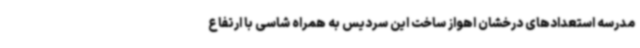
مدرسه استعدادهای درخشان اهواز ساخت این سردیس به همراه شاسی با ارتفاع